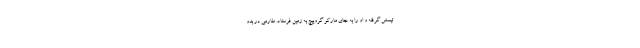
تیمش گرفته و او را به جای مارکو گروییچ به زمین فرستاد. طارمی در بدو